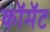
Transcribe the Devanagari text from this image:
कॉमॅट